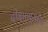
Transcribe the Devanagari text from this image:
दीक्षाभूमीस